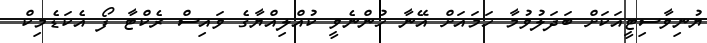
ޔުނިވާސިޓީއަކަށް ބަދަލުވުމާ ހަމައަށް އޭނާ ހުންނެވީ ކުއްލިއްޔާގެ ވައިސް ރެކްޓާ ފޯ އެކަޑެމިކް